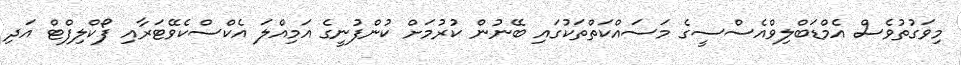
މިވަގުތުވެސް އެމްޑަބްލިވްއެސްސީގެ މަސައްކަތްތަކުގައި ބޭނުން ކުރުމަށް ކުންފުނީގެ އަމިއްލަ އެކްސްކެވޭޓަރާއި ފޯކްލިފްޓް އަދި